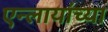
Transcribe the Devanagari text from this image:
एन्लायांच्या